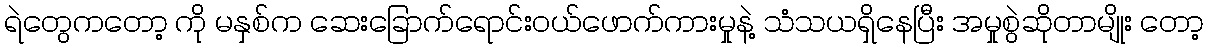
ရဲတွေကတော့ ကို မနှစ်က ဆေးခြောက်ရောင်းဝယ်ဖောက်ကားမှုနဲ့ သံသယရှိနေပြီး အမှုစွဲဆိုတာမျိုး တော့